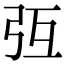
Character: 𢎸